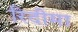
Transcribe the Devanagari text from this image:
रिदीमा